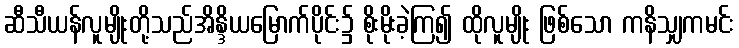
ဆီသီယန်လူမျိုးတို့သည်အိန္ဒိယမြောက်ပိုင်း၌ စိုးမိုးခဲ့ကြ၍ ထိုလူမျိုး ဖြစ်သော ကနိသျှကမင်း